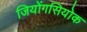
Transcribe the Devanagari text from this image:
जियोंगसियोक